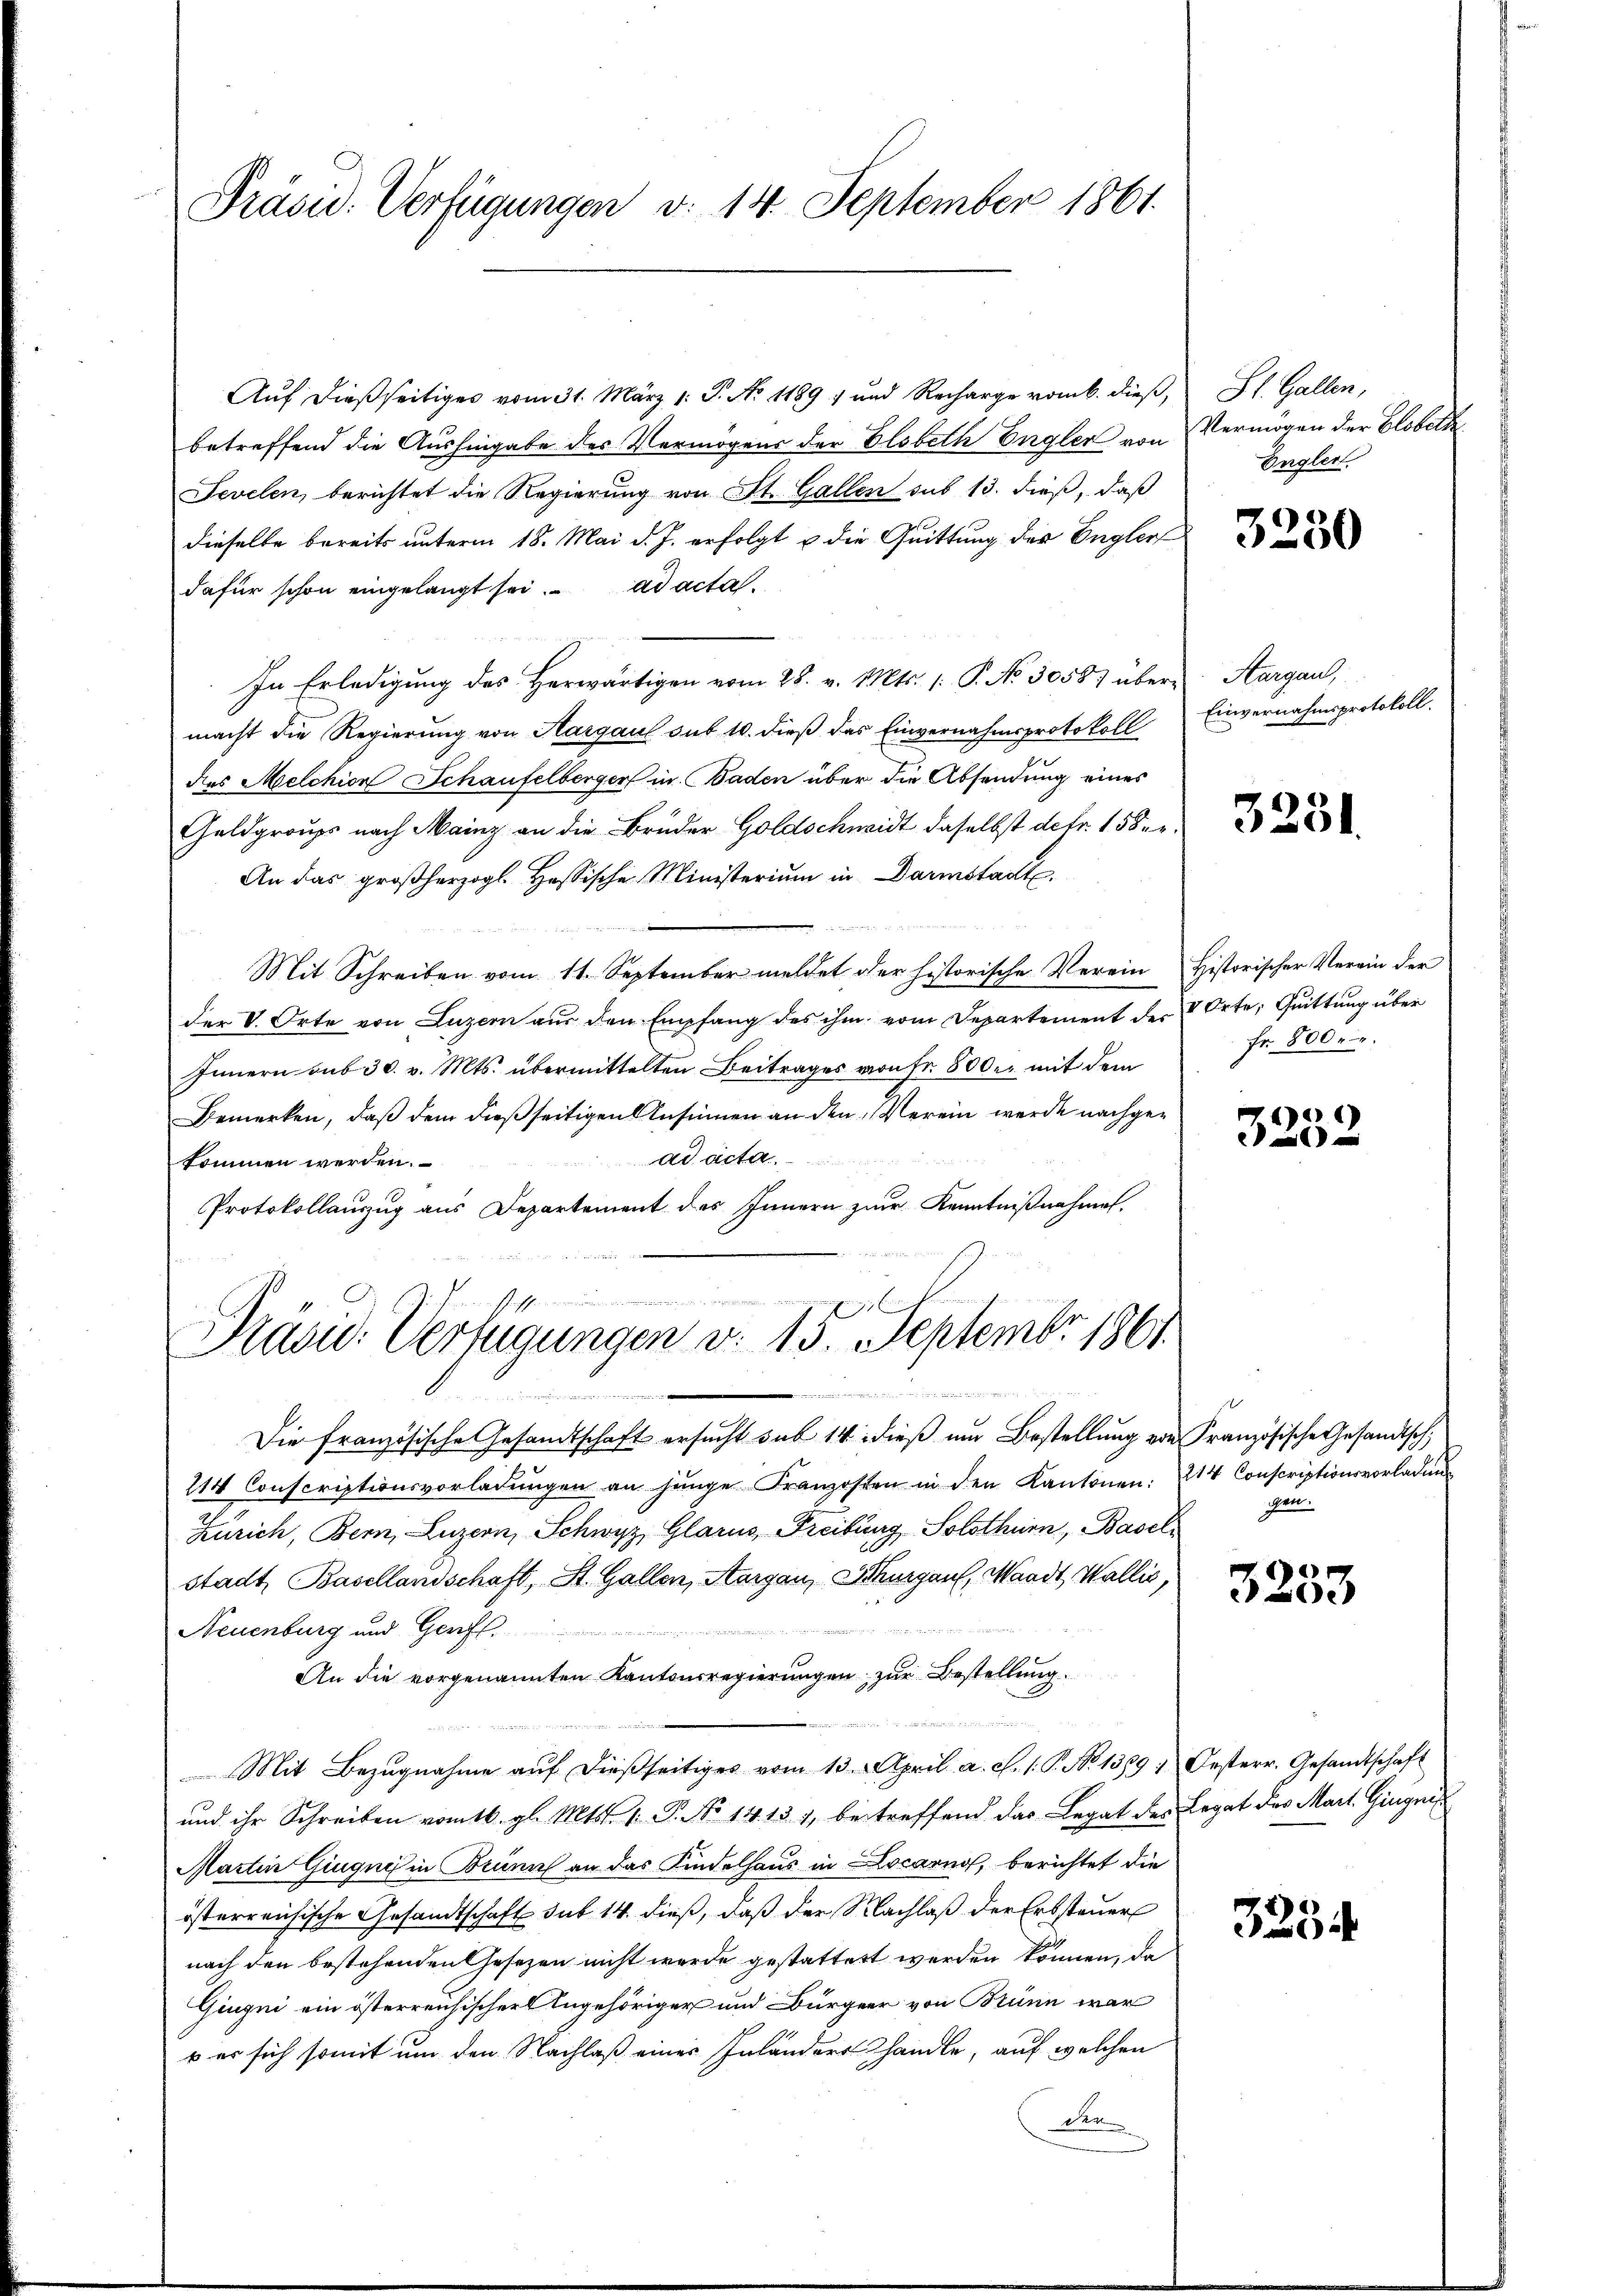
Präsid. Verfügungen d. 14. September 1861.

Auf dießseitiges vom 31. März 1. P. No 1189 ; und Recharge vom 6. dieß,
betreffend die Aushingabe des Vermögens der Elobeth Engler von Vermögen der Globethe¬
Fevelen, berichtet die Regierung von St. Gallen sub 13. dieß, daß
dieselbe bereits unterm 18. Mai d. J. erfolgt u die Quittung der Begler
dafür schon eingelangt sei. ad acta.
In Erledigung des Herwärtigen vom 28. v. Mts. (: P. No 30587 über Aargau,
macht die Regierung von Aargaul sub 10. dieß das Einvernahmsprotokoll
des Melchior Schaufelberger in Baden über die Absendung eines
Geldgroups nach Mainz an die Bruder Goldschmidt daselbst detr. 158 er¬
An das großherzogl. Hessische Ministerium in Darmstadt.
Mit Schreiben vom 11. September meldet der historische Verein Historischer Verein der
der V. Orte von Luzern aus den Empfang des ihm vom Departement des V Orte, Quittung über
Innern sub 30. v. Mts. übermittelten Beitrages von Fr. 800. mit dem
Bemerken, daß dem dießseitigen Ansinnen an den Verein werde nachgead acta.
kommen werden.
Protokollauszug aus Departement des Innern zur Kenntnißnahmen.

mingangen Einhe
Präsid. Verfügungen v. 13. Septembr 1861.
d

Die französische Gesandtschaft ersucht sub 14 dieß um Bestellung von Französische Gesandtsch,
214 Conscriptionsvorladŭngen an jünge Franzosen in den Kantonen: 214 Conscriptionsvorladung
Zürich, Bern, Luzern, Schwyz, Glarus, Freiburg, Solothurn, Baselstadt, Basellandschaft, St. Gallen, Aargau, Schurgau, Waadt, Wallis,

udieren
Neuenburg und Genfl.
An die vorgenannten Kantonsregierungen zur Bestellung.
n
Mit Bezŭgnahme aŭf dießseitiges vom 13. April a. c. 1. P. No 1389 : Oesterr. Gesandtschaft
und ihr Schreiben vom 16. gl. Mts. 1. P. No 1413. 7, betreffend das Legat des Legat des Mart. Gingnis
Martin Giugnis in Brunn an das Kindelhaus in Locarno, berichtet die
österreichische Gesandtschaft sub 14. dieß, daß der Nachlaß der Erbsteuer
nach den bestehenden Gesezen nicht wurde gestattert werden können, da
Giugi ein österreichischer Angehöriger und Bürgerr von Brünn war
b er sich somit um den Nachlaß eines Inländers handle, auf welchen
der

St. Gallen,
Engler.

3250

Einvernahmsprotokoll.

3231.

Fr. 800fr.

3252

gen.

3253

325